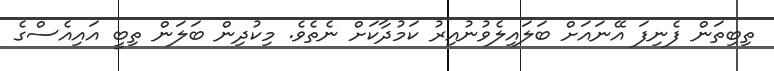
ތިބިތަން ފެނިފަ އޭނައަށް ބަލައިލެވުނުއިރު ކަމުދާކަށް ނެތެވެ. މިކުދިން ބަލަން ތިބީ އައިއެސްގެ